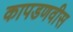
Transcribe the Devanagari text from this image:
कापडणवीस